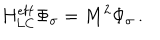
H _ { \mathrm { L C } } ^ { \mathrm { e f f } } \Phi _ { \sigma } = M ^ { 2 } \Phi _ { \sigma } \, .